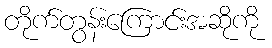
တိုက်တွန်းကြောင်းအဆိုကို